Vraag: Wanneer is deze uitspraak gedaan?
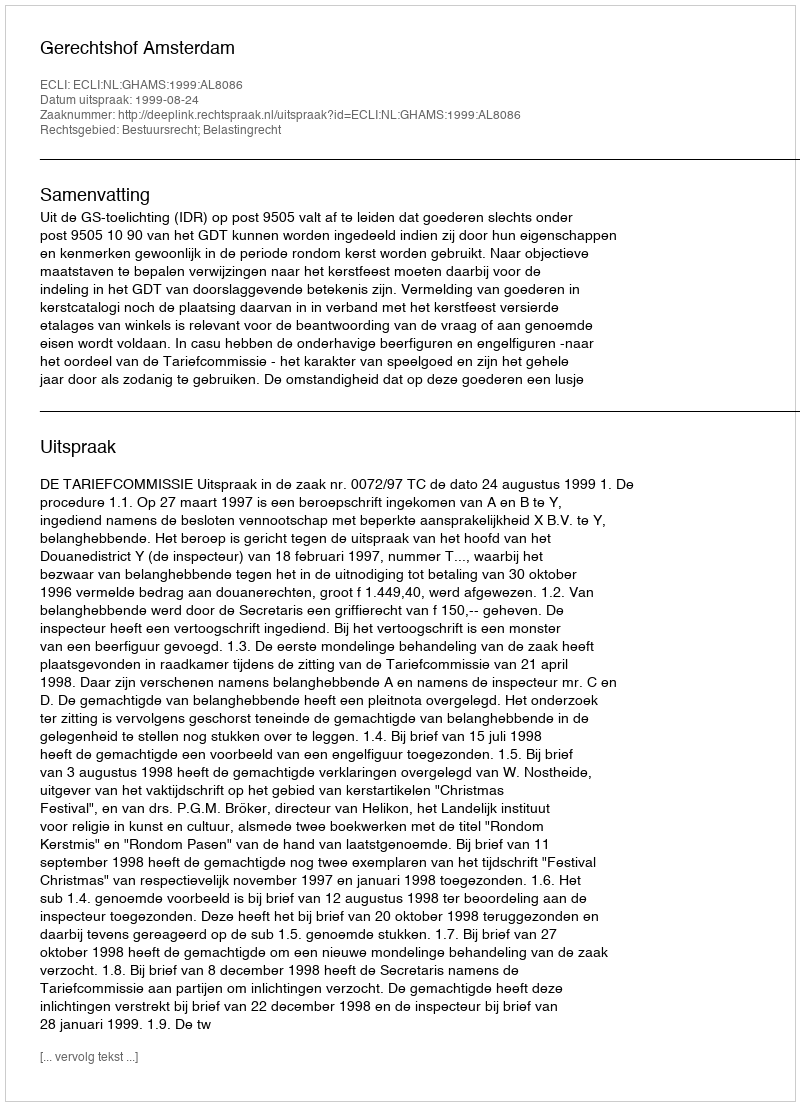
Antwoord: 1999-08-24